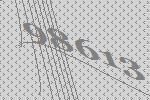
98613